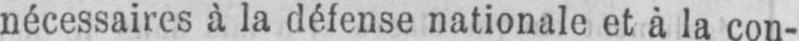
nécessaires à la défense nationale et à la con-